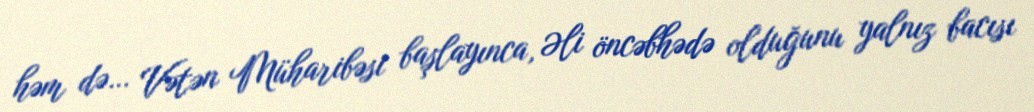
həm də… Vətən Müharibəsi başlayınca, Əli öncəbhədə olduğunu yalnız bacısı